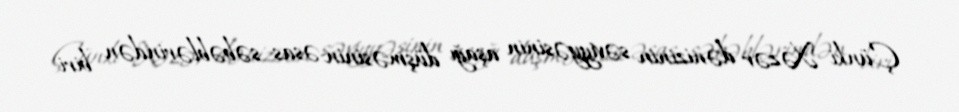
Çünki Xəzər dənizinin səviyyəsinin aşağı düşməsinin əsas səbəblərindən biri